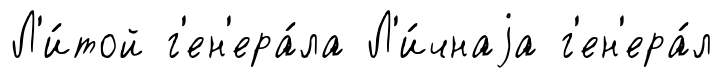
Л'и́той г'ен'ера́ла Л'и́чнаjа г'ен'ера́л